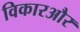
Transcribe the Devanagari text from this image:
विकारऔर